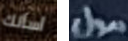
أسألك مول